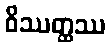
ဝိဿတ္ထဿ